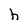
Character: h